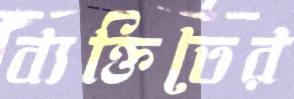
ব্যক্তিতের